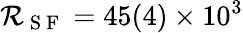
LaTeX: \mathcal{R}_{\mathrm{{~S~F~}}}=45(4)\times10^{3}